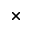
_ \times